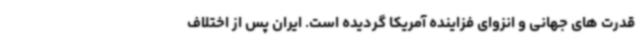
قدرت های جهانی و انزوای فزاینده آمریکا گردیده است. ایران پس از اختلاف